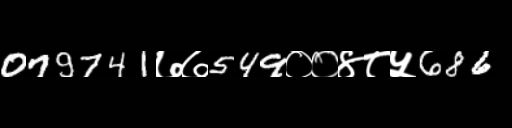
Text: 079741७७549००४८५686